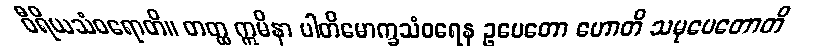
ဝီရိယသံဝရောတိ။ တတ္ထ ဣမိနာ ပါတိမောက္ခသံဝရေန ဥပေတော ဟောတိ သမုပေတောတိ